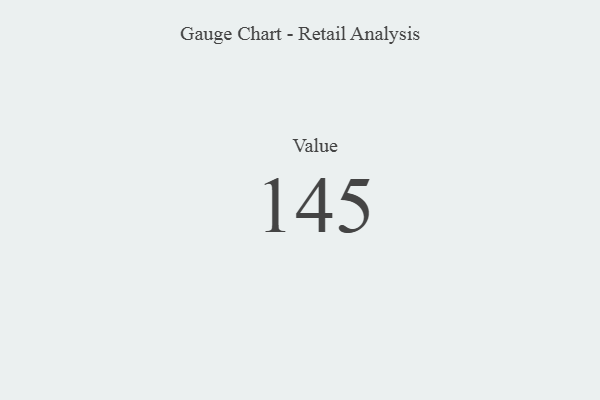
{"axis": {"x": "Metric", "y": "Value"}, "legend": [""], "data": [{"x": "Value", "y": 145, "type": ""}]}